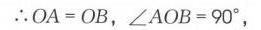
\(\therefore OA = OB,\angle AOB = 90^{\circ}\)